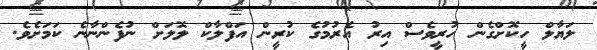
ލަޔާލް ހީކޮށްގެން ހުރީވެސް އިރު އެރުމުގެ ކުރީން އަފްލާކް ލޮލަށް ނުފެންނާނެ ކަމަށެވެ.